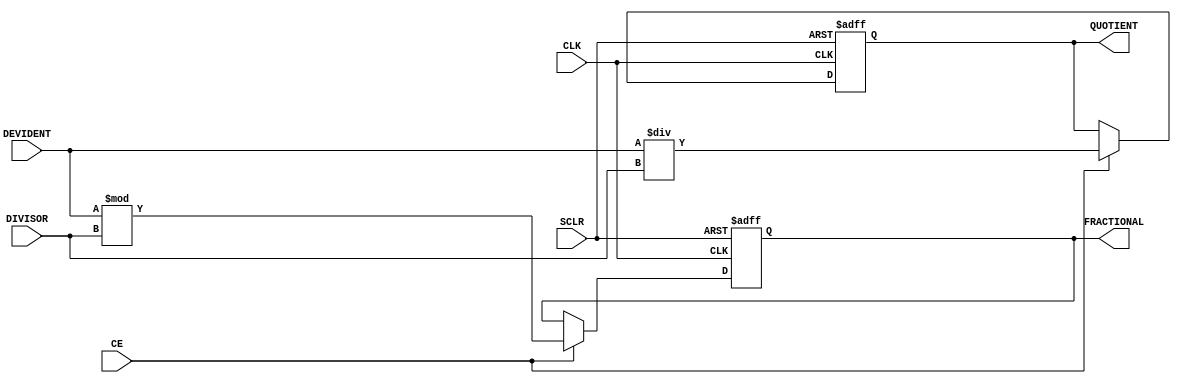
module DIVIDER (SCLR, CE, CLK, DEVIDENT, QUOTIENT, DIVISOR, FRACTIONAL);
	input SCLR;
	input CE;
	input CLK;
	input signed [31 : 0] DEVIDENT;
	output reg signed [31 : 0] QUOTIENT;
	input signed [31 : 0] DIVISOR;
	output reg signed [31 : 0] FRACTIONAL;

	always @(posedge CLK or posedge SCLR) begin
		if (SCLR) begin
				QUOTIENT <= 32'b0;
				FRACTIONAL <= 32'b0;
		end
		else if (CE) begin
				QUOTIENT <= DEVIDENT / DIVISOR;
				FRACTIONAL <= DEVIDENT % DIVISOR;
		end
	end

endmodule